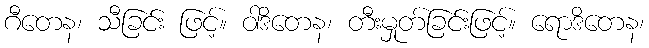
ဂီတေန၊ သီခြင်း ဖြင့်။ ဝါဒိတေန၊ တီးမှုတ်ခြင်းဖြင့်။ ရောဒိတေန၊